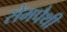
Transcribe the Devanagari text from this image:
सेमपैथी